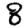
Digit: 8